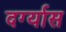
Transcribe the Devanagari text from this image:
दर्ग्यास